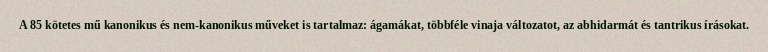
A 85 kötetes mű kanonikus és nem-kanonikus műveket is tartalmaz: ágamákat, többféle vinaja változatot, az abhidarmát és tantrikus írásokat.